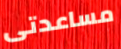
مساعدتى